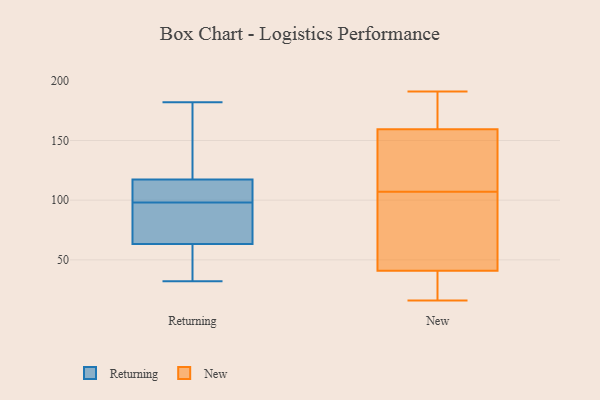
{"axis": {"x": "Production Output", "y": "Value"}, "legend": ["New", "Returning"], "data": [{"x": "", "y": 44, "type": "Returning"}, {"x": "", "y": 180, "type": "Returning"}, {"x": "", "y": 55, "type": "Returning"}, {"x": "", "y": 181, "type": "Returning"}, {"x": "", "y": 114, "type": "Returning"}, {"x": "", "y": 66, "type": "Returning"}, {"x": "", "y": 182, "type": "Returning"}, {"x": "", "y": 90, "type": "Returning"}, {"x": "", "y": 98, "type": "Returning"}, {"x": "", "y": 32, "type": "Returning"}, {"x": "", "y": 124, "type": "Returning"}, {"x": "", "y": 110, "type": "Returning"}, {"x": "", "y": 92, "type": "Returning"}, {"x": "", "y": 69, "type": "Returning"}, {"x": "", "y": 99, "type": "Returning"}, {"x": "", "y": 115, "type": "Returning"}, {"x": "", "y": 36, "type": "Returning"}, {"x": "", "y": 41, "type": "New"}, {"x": "", "y": 191, "type": "New"}, {"x": "", "y": 159, "type": "New"}, {"x": "", "y": 161, "type": "New"}, {"x": "", "y": 186, "type": "New"}, {"x": "", "y": 27, "type": "New"}, {"x": "", "y": 107, "type": "New"}, {"x": "", "y": 16, "type": "New"}, {"x": "", "y": 108, "type": "New"}, {"x": "", "y": 123, "type": "New"}, {"x": "", "y": 73, "type": "New"}, {"x": "", "y": 164, "type": "New"}, {"x": "", "y": 40, "type": "New"}, {"x": "", "y": 135, "type": "New"}, {"x": "", "y": 58, "type": "New"}, {"x": "", "y": 61, "type": "New"}, {"x": "", "y": 21, "type": "New"}]}